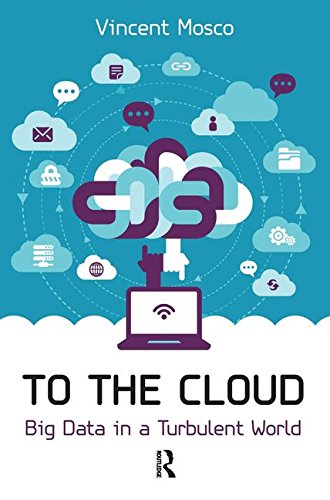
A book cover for To the Cloud: Big Data in a Turbulent World; Vincent Mosco; Computers & Technology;